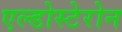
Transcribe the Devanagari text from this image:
एल्डोस्टेरोन